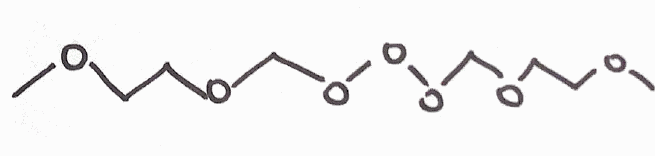
Simplified molecular-input line-entry system (SMILES) notation of the given molecule:
COCCOCOOOCOCCOC